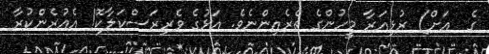
ގެ  އަށް) ރުޅިއަރާ މީހުންގެ ތެރެއިންނެވެ. އަޅުގެ ވެރިރަސްކަލާކޮ! އެއުރެންކުރާ